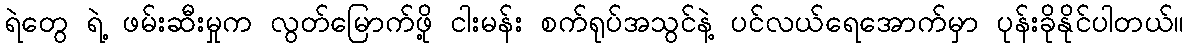
ရဲတွေ ရဲ့ ဖမ်းဆီးမှုက လွတ်မြောက်ဖို့ ငါးမန်း စက်ရုပ်အသွင်နဲ့ ပင်လယ်ရေအောက်မှာ ပုန်းခိုနိုင်ပါတယ်။